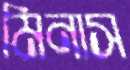
মিনাস